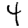
Digit: 4